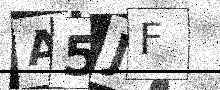
Text: A5JF